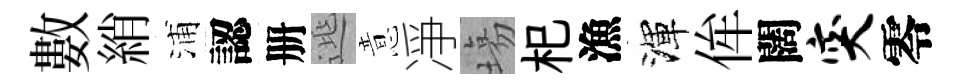
數綃浦認册𨓱意凈塲𣏌漁渾侔闊突零